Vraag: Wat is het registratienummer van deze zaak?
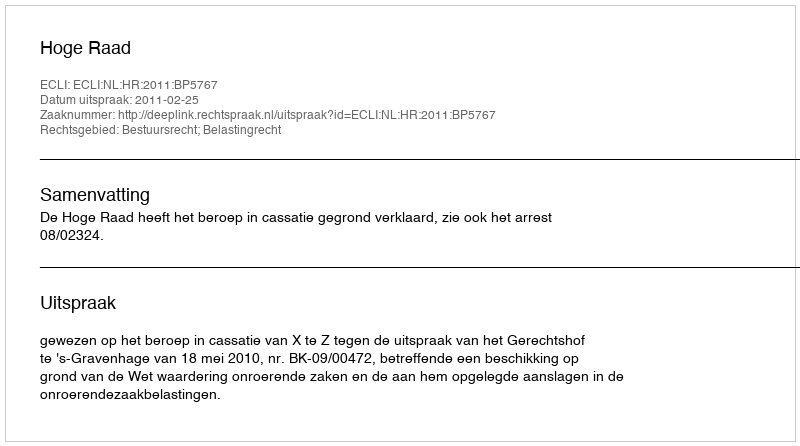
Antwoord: http://deeplink.rechtspraak.nl/uitspraak?id=ECLI:NL:HR:2011:BP5767